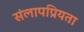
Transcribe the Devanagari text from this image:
संलापप्रियता